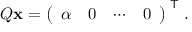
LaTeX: Q \mathbf { x } = { \left( \begin{array} { l l l l } { \alpha } & { 0 } & { \cdots } & { 0 } \end{array} \right) } ^ { \textsf { T } } .